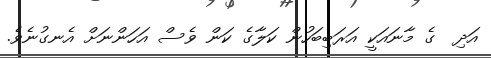
އަދި  ގެ މާނައަކީ އަރަބިބަހުން ކަލާގެ ކަން ވެސް އަހަންނަށް އެނގުނެވެ.